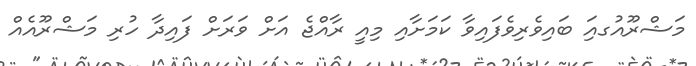
މަޝްރޫއުގއަި ބައިވެރިވެފައިވާ ކަމަށާއި މިއީ ރާއްޖެ އަށް ވަރަށް ފައިދާ ހުރި މަޝްރޫއެއް